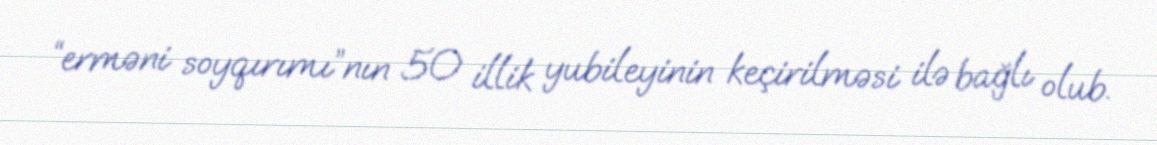
“erməni soyqırımı”nın 50 illik yubileyinin keçirilməsi ilə bağlı olub.